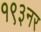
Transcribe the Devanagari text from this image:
१९३नर